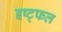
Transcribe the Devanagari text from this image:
इष्ट्फल